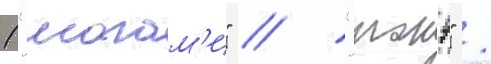
("могам'и" / "тонэ" /